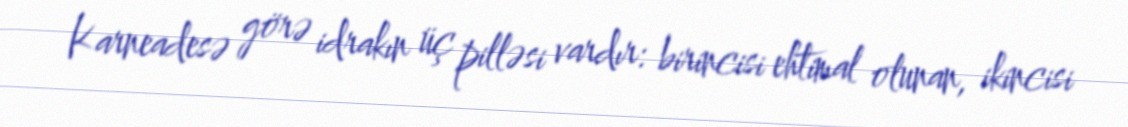
Karneadesə görə idrakın üç pilləsi vardır: birincisi ehtimal olunan, ikincisi